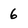
Character: 6